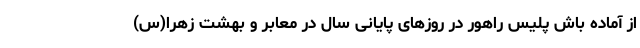
از آماده باش پلیس راهور در روزهای پایانی سال در معابر و بهشت زهرا(س)